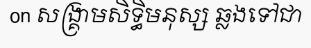
on សង្គ្រាមសិទ្ធិមនុស្ស ឆ្លងទៅជា